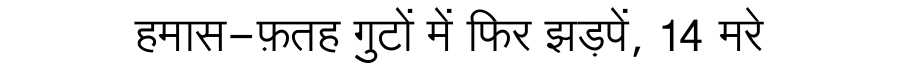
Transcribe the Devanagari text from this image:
हमास-फ़तह गुटों में फिर झड़पें, 14 मरे